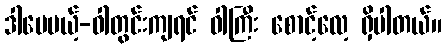
ဒါပေမယ့်-ဝါတွင်းကျရင် ဝါကြီး စောင့်လေ့ ရှိပါတယ်။